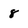
Character: 8